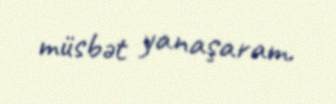
müsbət yanaşaram.